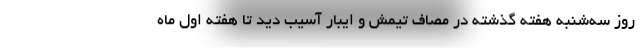
روز سه‌شنبه هفته گذشته در مصاف تیمش و ایبار آسیب دید تا هفته اول ماه